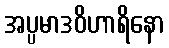
အပ္ပမာဒဝိဟာရိနော